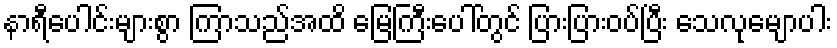
နာရီပေါင်းများစွာ ကြာသည်အထိ မြေကြီးပေါ်တွင် ပြားပြားဝပ်ပြီး သေလုမျောပါး